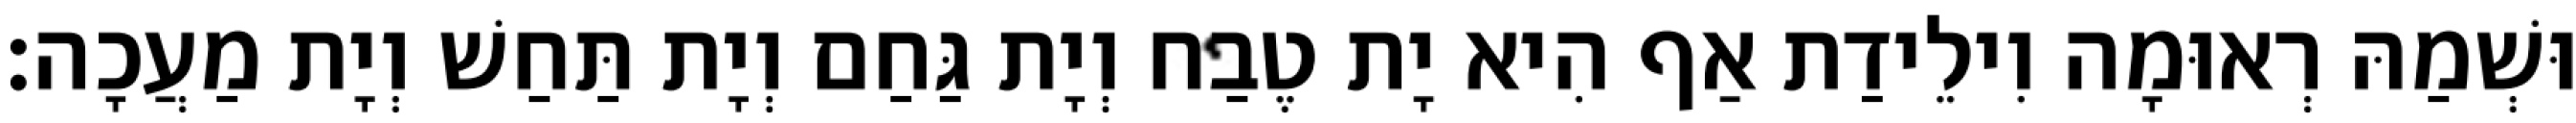
וּשְׁמַהּ רְאוּמָה וִילֵידַת אַף הִיא יָת טֶבַח וְיָת גַּחַם וְיָת תַּחַשׁ וְיָת מַעֲכָה׃